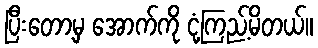
ပြီးတော့မှ အောက်ကို ငုံ့ကြည့်မိတယ်။